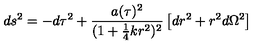
d s ^ { 2 } = - d \tau ^ { 2 } + \frac { a ( \tau ) ^ { 2 } } { ( 1 + \mathrm { \frac { 1 } { 4 } } k r ^ { 2 } ) ^ { 2 } } \left[ d r ^ { 2 } + r ^ { 2 } d \Omega ^ { 2 } \right]